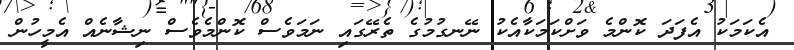
އެކަމަކު އެފަދަ ކޮންމެ ވަށްކަމަކާއެކު ނޭނގުމުގެ ތެރޭގައި ނަމަވެސް ކޮންމެވެސް ނިޝާނެއް އެމީހުން